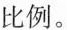
比例。